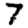
Digit: 7